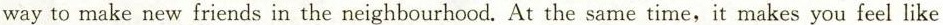
way to make new friends in the neighbourhood. At the same time,it makes you feel like